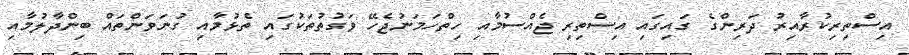
އިސްތިރިކުރާއިރު ދަރިންގެ ގައިގައި އިސްތިރި ޖެއްސުމާއި ހިތްހަމަނުޖެހޭ ވަގުތުތަކުގައި ތެޅުމާއި ގުނަވަންތައް ބިންދާލުމާއި